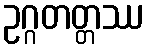
ဥဂ္ဂတတ္တဿ